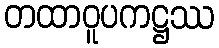
တထာဝူပကဋ္ဌဿ